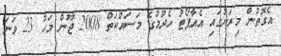
އެގޮތުން މިރަށުގައި އެއާޕޯޓު ހެދުމުގެ މަސައްކަތް 2008 ޖޫން މަހު 23 ވަނަ